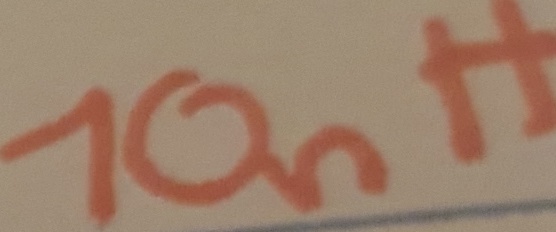
Text: 10nH